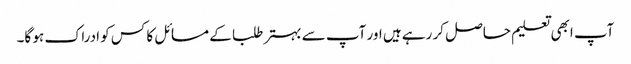
آپ ابھی تعلیم حاصل کر رہے ہیں اور آپ سے بہتر طلبا کے مسائل کا کس کو ادراک ہو گا۔